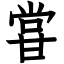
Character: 甞